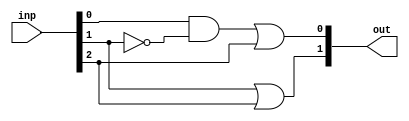
`timescale 1ns / 1ps
//////////////////////////////////////////////////////////////////////////////////
// Company: 
// Engineer: 
// 
// Design Name: 
// Module Name:    PE_2 
// Project Name: 
// Target Devices: 
// Tool versions: 
// Description: 
//
// Dependencies: 
//
// Revision: 
// Revision 0.01 - File Created
// Additional Comments: 
//
//////////////////////////////////////////////////////////////////////////////////
module PE_2(inp, out);
input [2:0] inp; // input
wire [2:0] inp; // input is wire
output [1:0] out; // output
wire y; // for temp vals
	
	assign y = inp[0] & (~inp[1]); 
	assign out[0] = y | inp[2];
	assign out[1] = inp[1] | inp[2];

endmodule